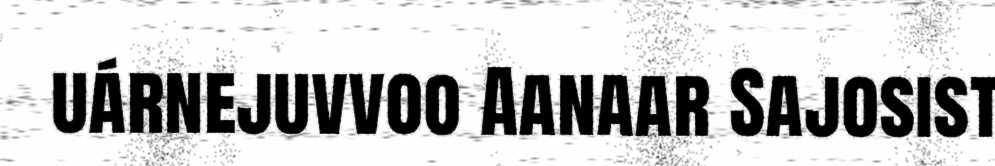
uárnejuvvoo Aanaar Sajosist